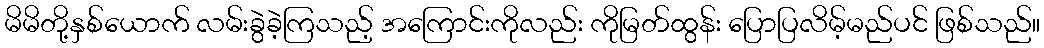
မိမိတို့နှစ်ယောက် လမ်းခွဲခဲ့ကြသည့် အကြောင်းကိုလည်း ကိုမြတ်ထွန်း ပြောပြလိမ့်မည်ပင် ဖြစ်သည်။